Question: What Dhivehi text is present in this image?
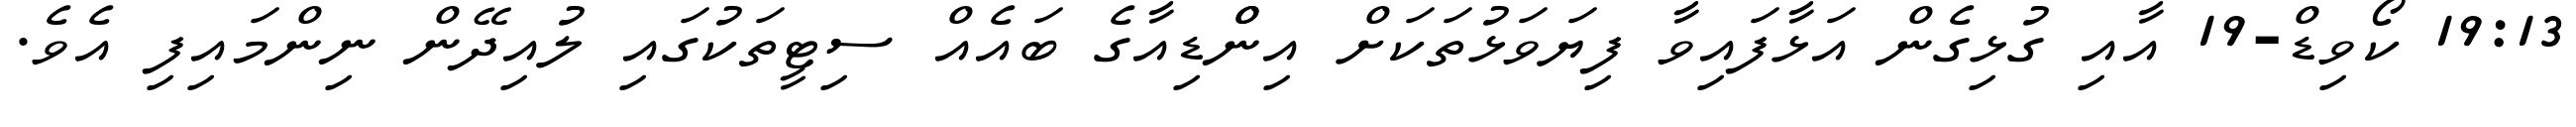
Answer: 19:13 ކޯވިޑް-19 އާއި ގުޅިގެން އަޅާފައިވާ ފިޔަވަޅުތަކަށް އިންްޑިއާގެ ބައެއް ސިޓީތަކުގައި ލުއިދޭން ނިންމައިފި އެވެ.